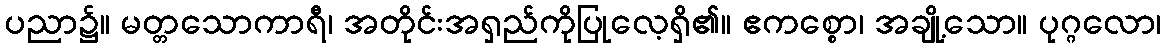
ပညာ၌။ မတ္တသောကာရီ၊ အတိုင်းအရှည်ကိုပြုလေ့ရှိ၏။ ဧကစ္စော၊ အချို့သော။ ပုဂ္ဂလော၊